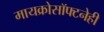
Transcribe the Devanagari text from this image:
मायक्रोसॉफ्टनेही